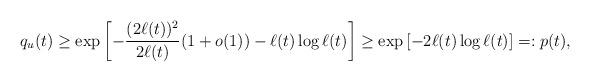
LaTeX: \begin{align*} q_u(t)\geq \exp\left[-\frac{(2\ell(t))^2}{2\ell(t)}(1+o(1))-\ell(t)\log\ell(t)\right] \geq \exp\left[-2\ell(t)\log\ell(t)\right] =: p(t),\end{align*}